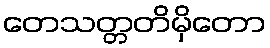
တေသတ္တတိမှိတော